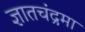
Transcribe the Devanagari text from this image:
ज्ञातचंद्रमा